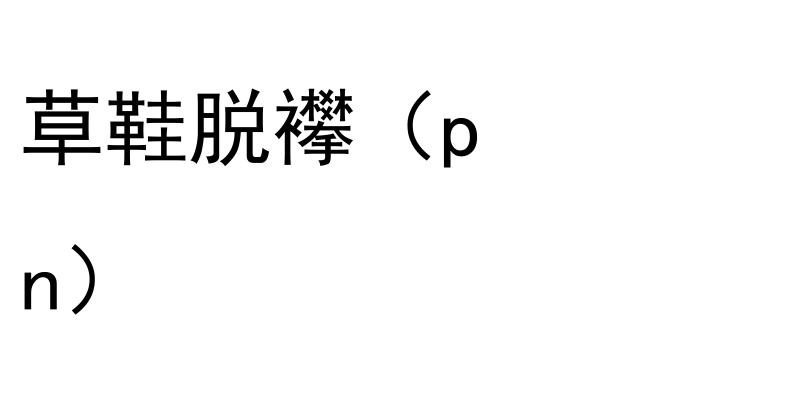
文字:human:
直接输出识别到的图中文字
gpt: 草鞋脱襻（p n）